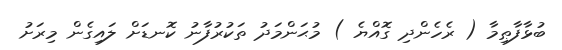
ބުޅާފާޠިމާ ( ރެހެންދި ގޮއްޔެ ) މުޙަންމަދު ތަކުރުފާނު ކޮނޑަށް ލައިގެން މިރަށު